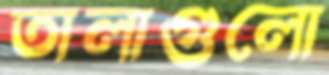
তালাগুলো